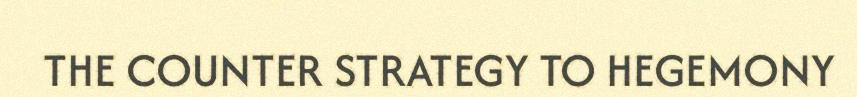
THE COUNTER STRATEGY TO HEGEMONY